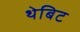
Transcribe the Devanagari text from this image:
थेबिट